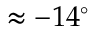
\approx - 1 4 ^ { \circ }